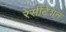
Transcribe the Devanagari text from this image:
रेसीटेशन